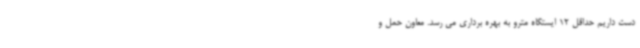
دست داریم حداقل 12 ایستگاه مترو به بهره برداری می رسد. معاون حمل و